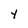
Character: 4